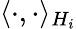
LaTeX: \langle\cdot,\cdot\rangle_{H_{i}}